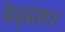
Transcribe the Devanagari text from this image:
वेद्द्रष्टा